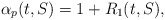
\begin{align*}\alpha_p(t,S) = 1 + R_1(t,S),\end{align*}